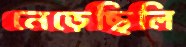
নেড়েছিলি